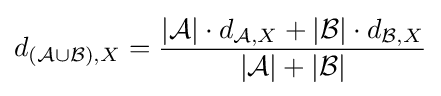
d_{({\mathcal {A}}\cup {\mathcal {B}}),X}={\frac {|{\mathcal {A}}|\cdot d_{{\mathcal {A}},X}+|{\mathcal {B}}|\cdot d_{{\mathcal {B}},X}}{|{\mathcal {A}}|+|{\mathcal {B}}|}}